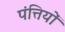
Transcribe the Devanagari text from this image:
पंत्तियों